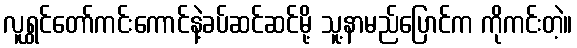
လူရွှင်တော်ကင်းကောင်နဲ့ခပ်ဆင်ဆင်မို့ သူ့နာမည်ပြောင်က ကိုကင်းတဲ့။